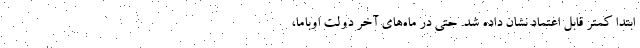
ابتدا کمتر قابل اعتماد نشان داده شد. حتی در ماه‌های آخر دولت اوباما،